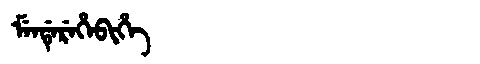
Manchu: ᠮᡝᠨᡩᡝᡵᡝᡥᡝᠪᡳᡥᡝ
Romanization: MENDEREHEBIHE